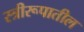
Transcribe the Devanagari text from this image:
स्त्रीरूपातील